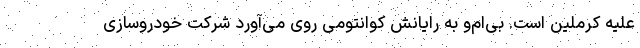
علیه کرملین است. بی‌ام‌و به رایانش کوانتومی روی می‌آورد شرکت خودروسازی